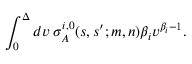
\int _ { 0 } ^ { \Delta } d v \; \sigma _ { A } ^ { i , 0 } ( s , s ^ { \prime } ; m , n ) \beta _ { i } v ^ { \beta _ { i } - 1 } .